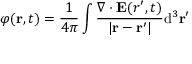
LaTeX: \varphi ( \mathbf { r } , t ) = { \frac { 1 } { 4 \pi } } \int { \frac { \nabla \cdot \mathbf { E } ( { r } ^ { \prime } , t ) } { | \mathbf { r } - \mathbf { r } ^ { \prime } | } } \mathrm { d } ^ { 3 } \mathbf { r } ^ { \prime }